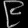
Digit: ၉